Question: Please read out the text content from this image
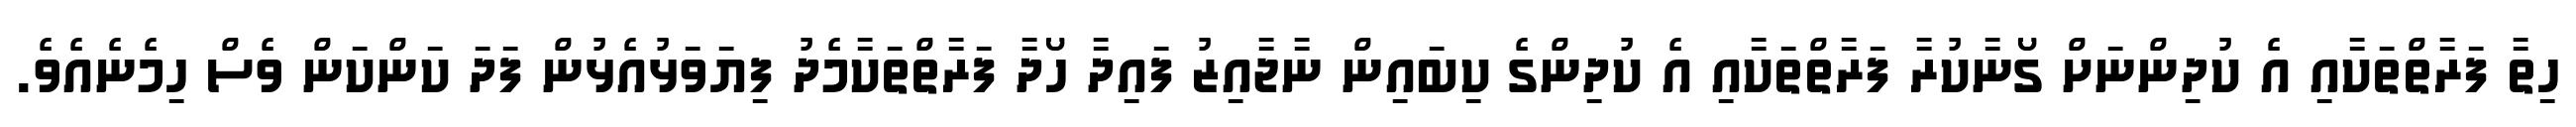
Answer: ހިތާ ފަރާތްތަކާއި އެ ކުދިންނަށް ގޯނާކުރާ ފަރާތްތަކާއި އެ ކުދިންގެ ކިބައިން ނާޖާއިޒު ފައިދާ ހޯދާ ފަރާތްތަކާމެދު ފިޔަވަޅުއެޅުން ފަދަ ކަންކަން ވެސް ހިމެނެއެވެ.